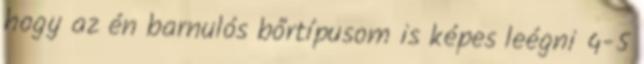
hogy az én barnulós bőrtípusom is képes leégni 4-5